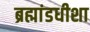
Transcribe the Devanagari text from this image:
ब्रह्मांडधीशा